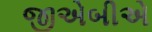
જીએબીએ